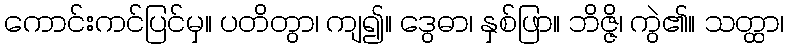
ကောင်းကင်ပြင်မှ။ ပတိတွာ၊ ကျ၍။ ဒွေဓာ၊ နှစ်ဖြာ။ ဘိဇ္ဇိ၊ ကွဲ၏။ သတ္ထာ၊